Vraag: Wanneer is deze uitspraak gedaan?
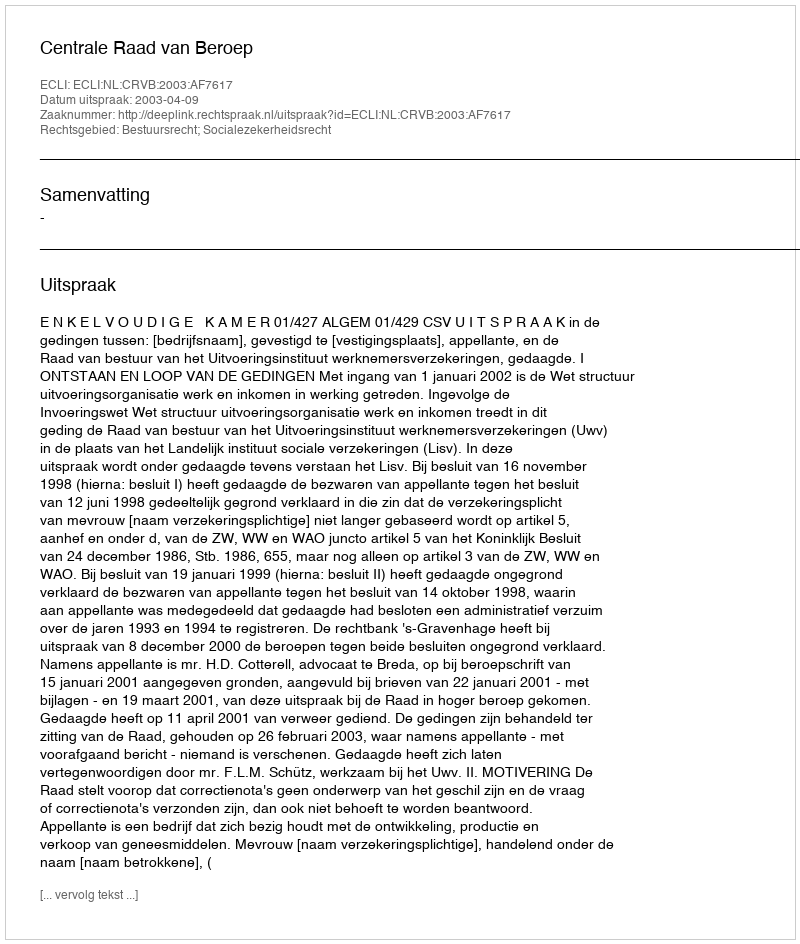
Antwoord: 2003-04-09